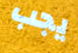
يجب